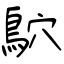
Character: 鴥